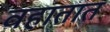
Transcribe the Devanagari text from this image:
वहातात